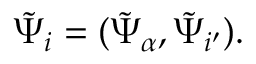
\tilde { \Psi } _ { i } = ( \tilde { \Psi } _ { { \alpha } } , \tilde { \Psi } _ { { i ^ { \prime } } } ) .